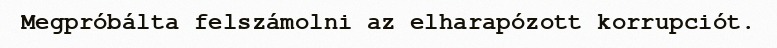
Megpróbálta felszámolni az elharapózott korrupciót.